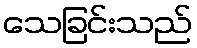
သေခြင်းသည်